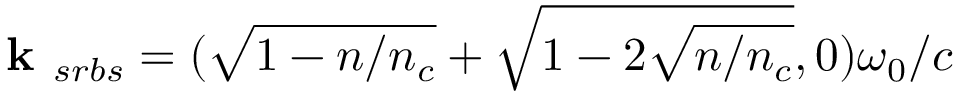
\textbf { k } _ { s r b s } = ( \sqrt { 1 - n / n _ { c } } + \sqrt { 1 - 2 \sqrt { n / n _ { c } } } , 0 ) \omega _ { 0 } / c